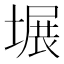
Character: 𪤍